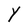
Character: Y